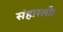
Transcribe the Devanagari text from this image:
संहारली।